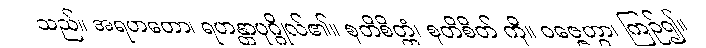
သည်။ အရဟတော၊ ရဟန္တာပုဂ္ဂိုလ်၏။ စုတိစိတ္တံ၊ စုတိစိတ် ကို။ ဝဇ္ဇေတွာ၊ ကြဉ်၍။